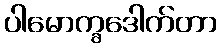
ပါမောက္ခဒေါက်တာ